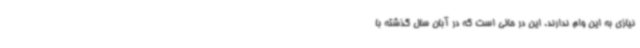
نیازی به این وام ندارند. این در حالی است که در آبان‌ سال گذشته با